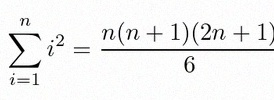
\sum_{i=1}^{n}i^2=\frac{n(n+1)(2n+1)}6